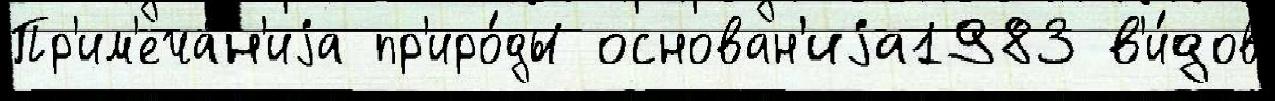
Пр'им'еча́н'иjа пр'иро́ды основан'иjа1983 в'и́дов